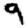
Digit: 9